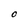
Character: O